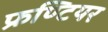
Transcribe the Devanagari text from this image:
फ्रण्टियर